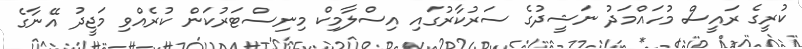
ކުރީގެ ރައީސް މުހައްމަދު ނަޝީދުގެ ސަރުކާރުގައި އިސްލާމިކް މިނިސްޓަރުކަން ކުރެއްވި މަޖީދު އޭނާގެ